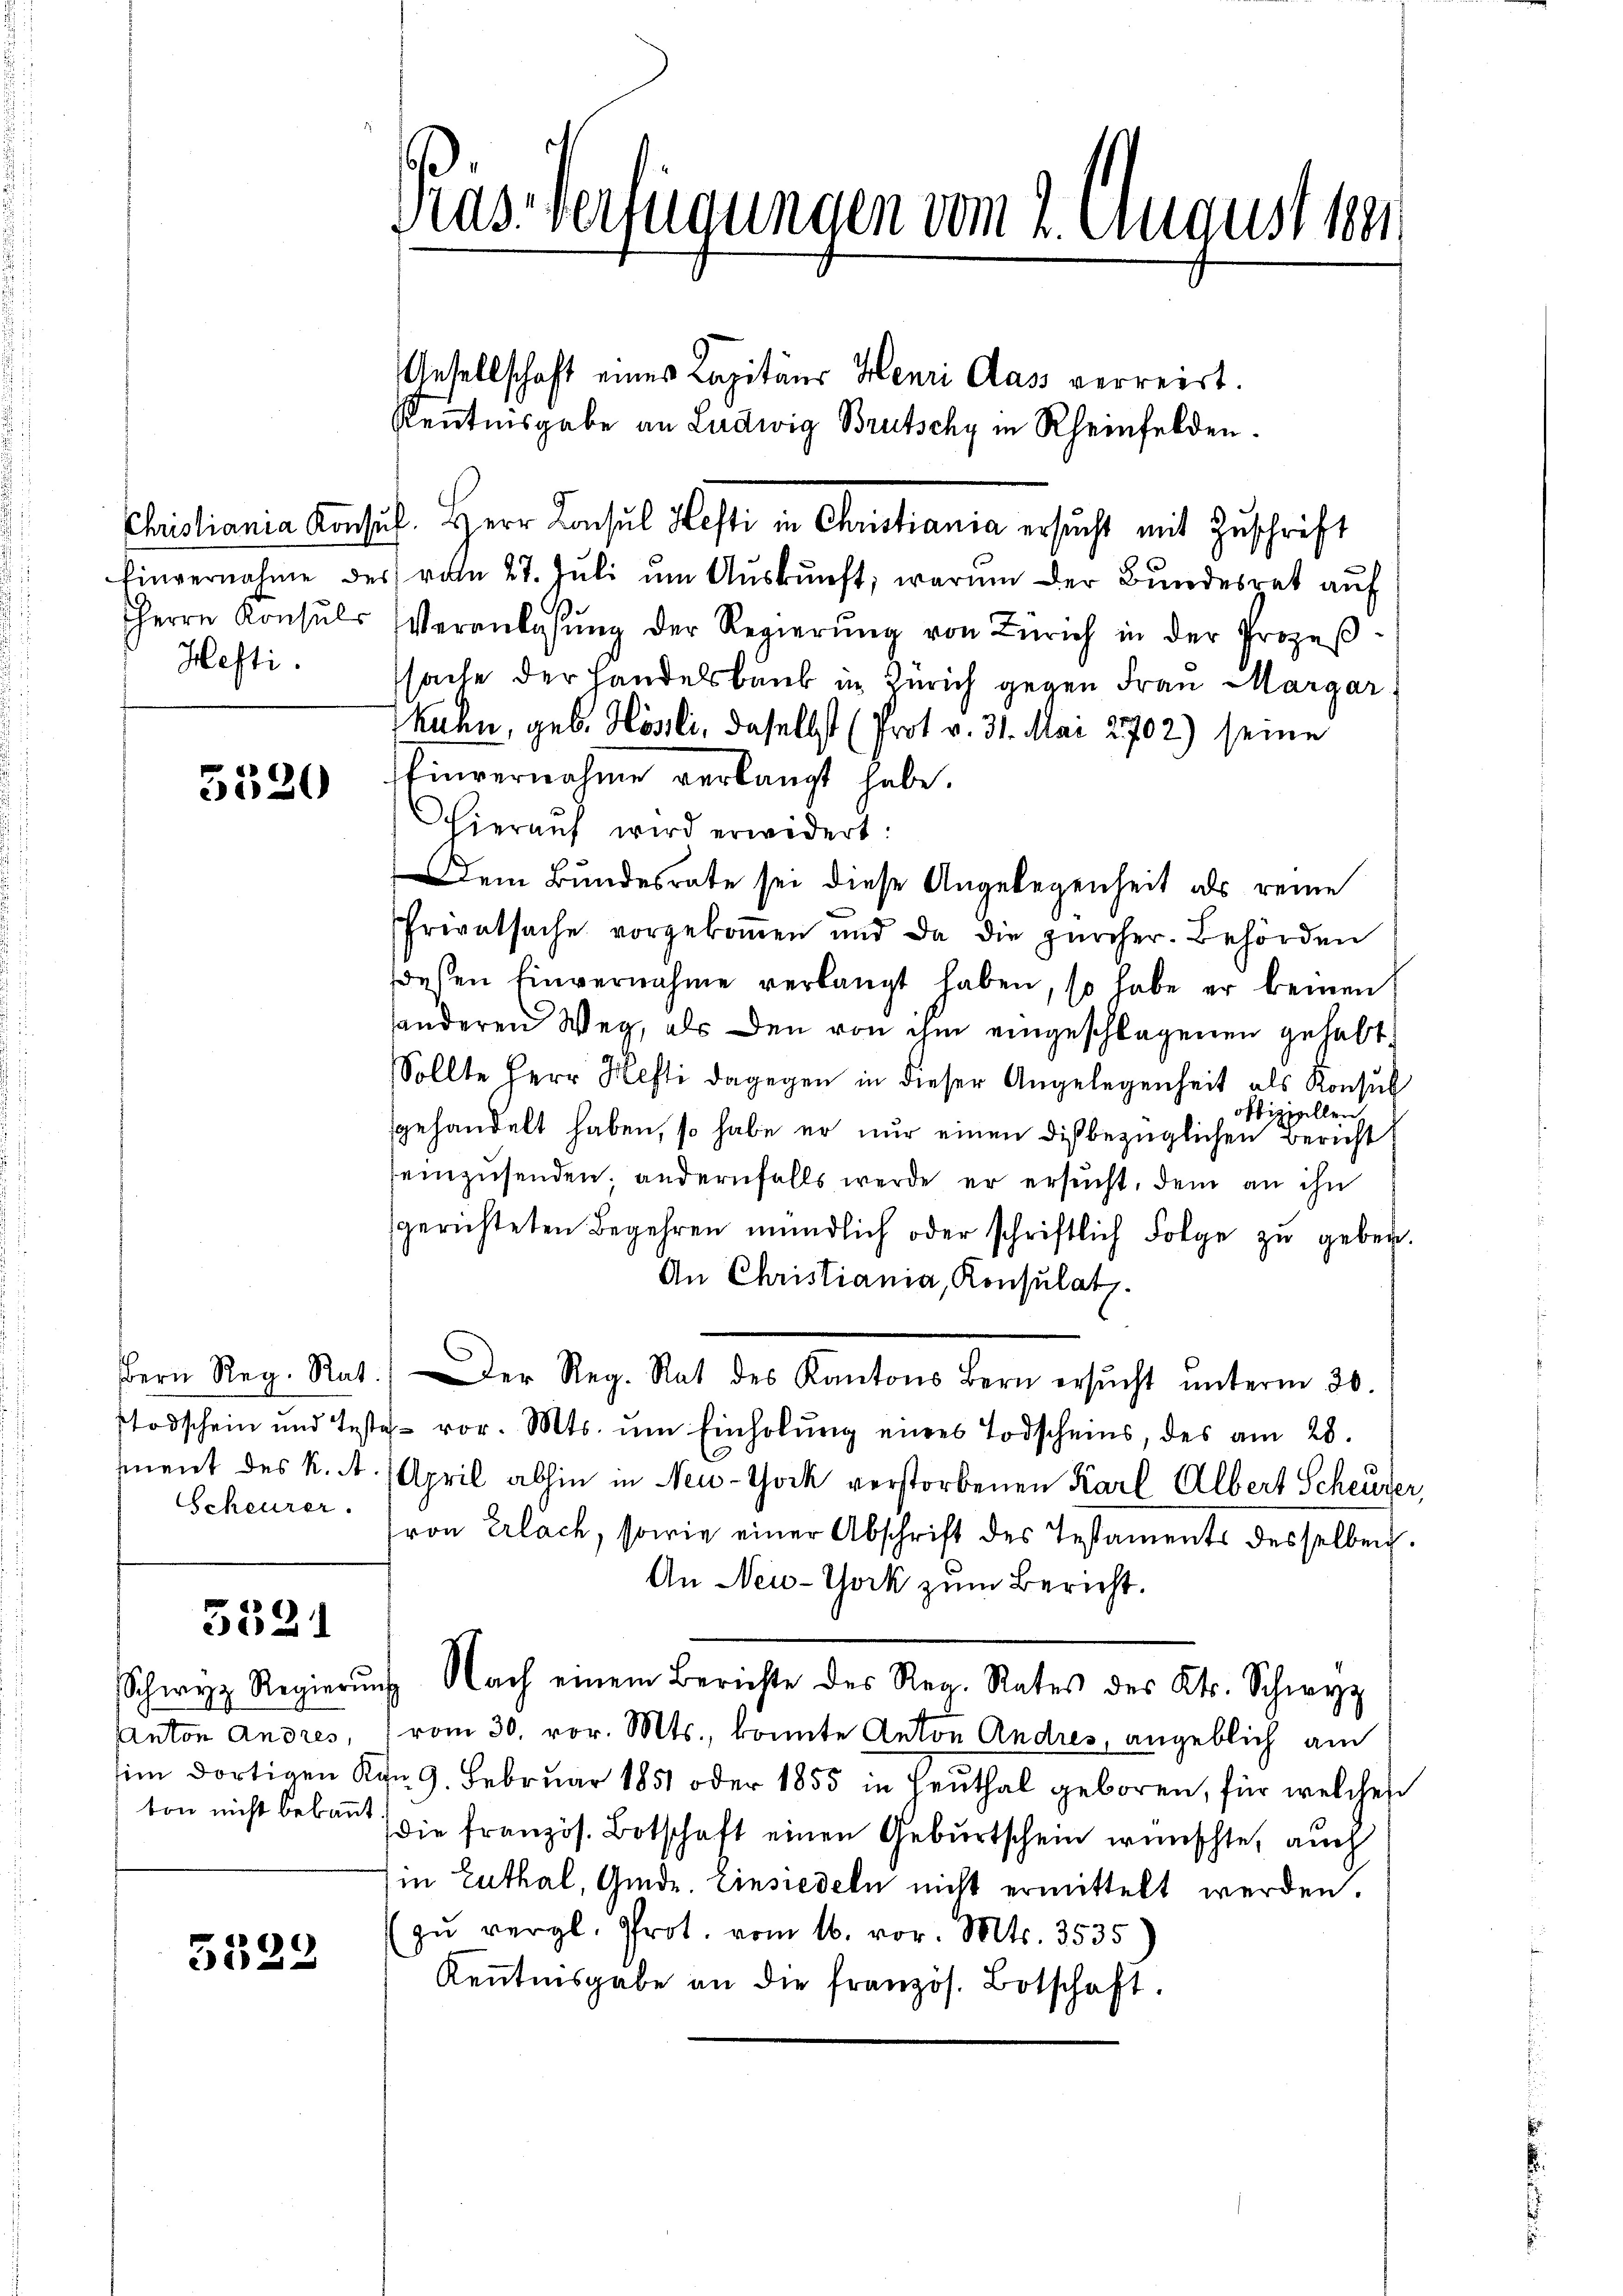
Hefti.

5520

Scheurer.

5521

ton nicht bekannt.

5529

Gesellschaft eines Capitäns Henri dass verreirt.
Einvernahme des vom 27. Jŭli ŭm Aŭskŭnft, warum der Bundesrat auf
HHerrn Konsŭls Veranlassŭng der Regierŭng von Zürich in der Prozeβ-
sache der Handelsbaub in Zürich gegen Frau Margar
kuhn, geb. Hösli, daselbst (Prot. v. 31. Mai 2702) seine
Einvernahme verlangt habe.
hieraŭf wird erwidert:
Dem Bundesrate sei diese Angelegenheit als reine
Privatsache vorgekoṁen und da die zürcher. Behörden
deßen Einvernahme verlangt haben, so habe er keinen
anderen Weg, als den von ihm eingeschlagenen gehabt,
Sollte Herr Hefti dagegen in dieser Angelegenheit als Konsul
offiziellen
sgehandelt haben, so habe er nur einen dißbezüglichen Bericht
seinzusenden; andernfalls werde er ersucht, dem an ihn
gerichteten Begehren mündlich oder schriftlich Folge zŭ geben.
An Christiania, Konsulatz.
ern Reg. Rat.) Der Reg. Rat des Kantons Bern ersŭcht ŭnterm 20.
stodschein und Teste vor. Mts. ŭm Einholŭng eines Todscheins, des am 28.
mment des K. A. April abhin in New-York verstorbenen Karl Albert Scheurer,
ron Erlach, sowie einer Abschrift des Testaments desselben.
An New-York zum Bericht.
Schwyz Regierŭng Nach einem Berichte des Reg. Rates des Kts. Schwyz
Anton Andres, (vom 30. vor. Mts., konnte Anton Andres, angeblich am
im dortigen Kam 9. Febrŭar 1851 oder 1855 in heŭthal geboren, für welches
die französ. Botschaft einen Geburtschein wünschte, auch
in Enthal, Gide. Einsiedeln nicht ermittelt werden.
zu vergl. Prot. vom 16. vor. Mts. 3535
Kenntnisgabe an die französ. Botschaft.

Kas-Verfügungen vom 2. August 1881

Christiania Konsul, Herr Konsul Hefti in Christiania ersucht mit Zuschrift

Kenntnisgabe an Ludwig Brutschy in Rheinfelden.